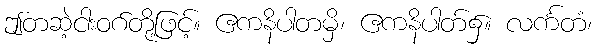
ဤတဆဲ့ငါးဝဂ်တို့ဖြင့်။ ဧကနိပါတမှိ၊ ဧကနိပါတ်၌။ လင်္ကတံ၊